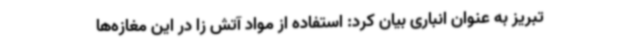
تبریز به عنوان انباری بیان کرد: استفاده از مواد آتش زا در این مغازه‌ها